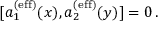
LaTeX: [ a _ { 1 } ^ { ( \mathrm { e f f } ) } ( x ) , a _ { 2 } ^ { ( \mathrm { e f f } ) } ( y ) ] = 0 \, .